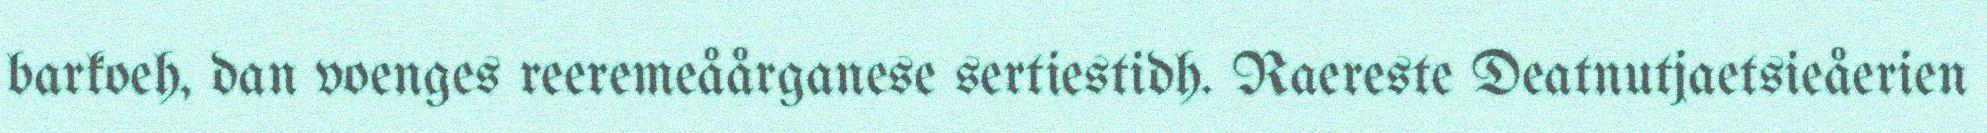
barkoeh, dan voenges reeremeåårganese sertiestidh. Raereste Deatnutjaetsieåerien